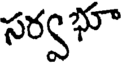
సర్వభూ